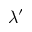
\lambda ^ { \prime }